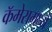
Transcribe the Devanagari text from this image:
कॅमेरामध्ये